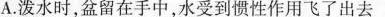
A.泼水时，盆留在手中，水受到惯性作用飞了出去